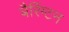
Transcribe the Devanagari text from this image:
बैरिंग्टन